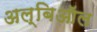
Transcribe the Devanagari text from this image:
अल्बिऑल